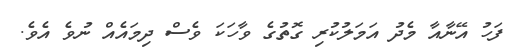
ފަހު އޭނާއާ މެދު އަމަލުކުރި ގޮތުގެ ވާހަކަ ވެސް ދިމައެއް ނުވެ އެވެ.